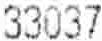
33037